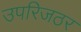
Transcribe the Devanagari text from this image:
उपरिजठर